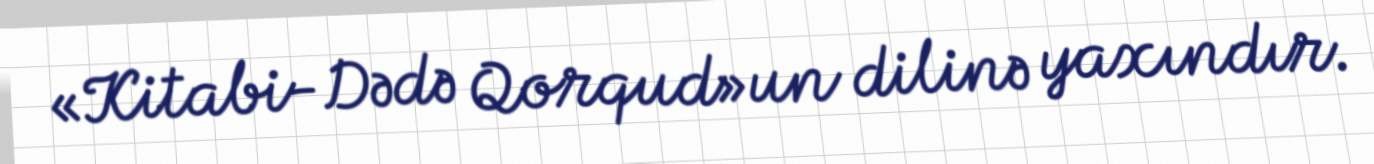
«Kitabi-Dədə Qorqud»un dilinə yaxındır.